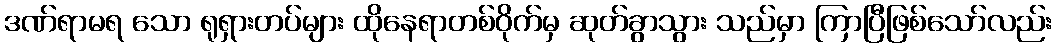
ဒဏ်ရာမရ သော ရုရှားတပ်များ ထိုနေရာတစ်ဝိုက်မှ ဆုတ်ခွာသွား သည်မှာ ကြာပြီဖြစ်သော်လည်း